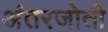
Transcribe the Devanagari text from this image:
अंतरजोती